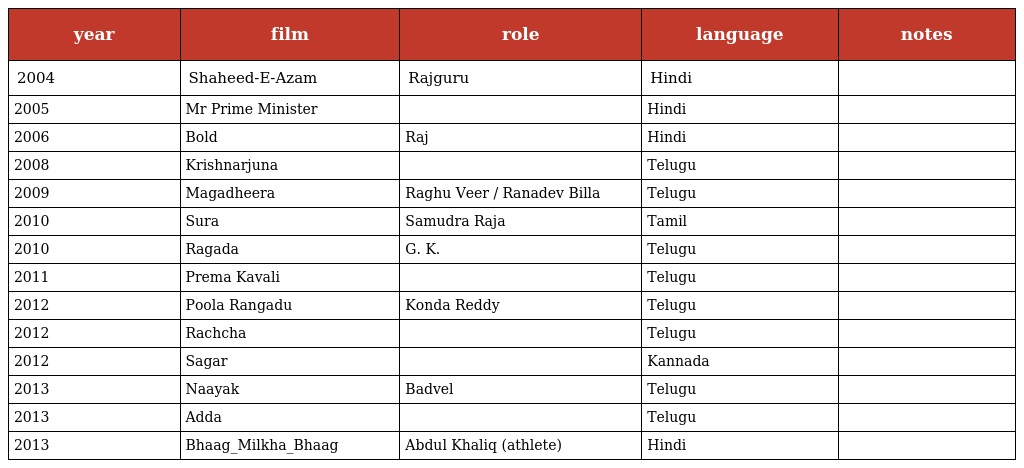
| year | film | role | language | notes |
 | --- | --- | --- | --- | --- |
 | 2004 | Shaheed-E-Azam | Rajguru | Hindi |  |
 | 2005 | Mr Prime Minister |  | Hindi |  |
 | 2006 | Bold | Raj | Hindi |  |
 | 2008 | Krishnarjuna |  | Telugu |  |
 | 2009 | Magadheera | Raghu Veer / Ranadev Billa | Telugu |  |
 | 2010 | Sura | Samudra Raja | Tamil |  |
 | 2010 | Ragada | G. K. | Telugu |  |
 | 2011 | Prema Kavali |  | Telugu |  |
 | 2012 | Poola Rangadu | Konda Reddy | Telugu |  |
 | 2012 | Rachcha |  | Telugu |  |
 | 2012 | Sagar |  | Kannada |  |
 | 2013 | Naayak | Badvel | Telugu |  |
 | 2013 | Adda |  | Telugu |  |
 | 2013 | Bhaag_Milkha_Bhaag | Abdul Khaliq (athlete) | Hindi |  |